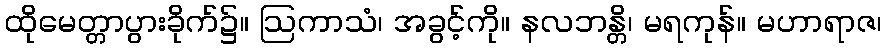
ထိုမေတ္တာပွားခိုက်၌။ ဩကာသံ၊ အခွင့်ကို။ နလဘန္တိ၊ မရကုန်။ မဟာရာဇ၊